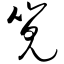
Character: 笕